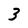
Character: 3